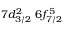
7 d _ { 3 / 2 } ^ { 2 } \, \, 6 f _ { 7 / 2 } ^ { 5 }